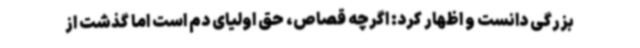
بزرگی دانست و اظهار کرد: اگرچه قصاص، حق اولیای دم است اما گذشت از